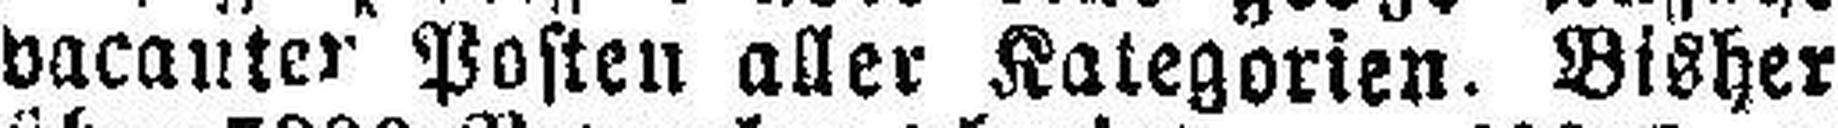
vacanter Posten aller Kategorien. Bisher